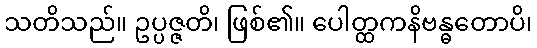
သတိသည်။ ဥပ္ပဇ္ဇတိ၊ ဖြစ်၏။ ပေါတ္ထကနိဗန္ဓတောပိ၊